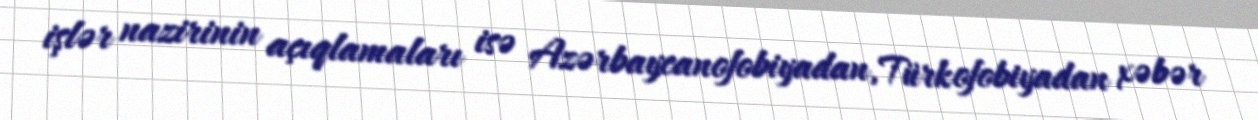
işlər nazirinin açıqlamaları isə Azərbaycanofobiyadan, Türkofobiyadan xəbər